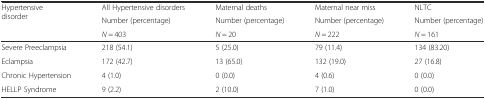
<table><thead><tr><td rowspan="3"><b>Hypertensive disorder</b></td><td><b>All Hypertensive disorders</b></td><td><b>Maternal deaths</b></td><td><b>Maternal near miss</b></td><td><b>NLTC</b></td></tr><tr><td><b>Number (percentage)</b></td><td><b>Number (percentage)</b></td><td><b>Number (percentage)</b></td><td><b>Number (percentage)</b></td></tr><tr><td><b><i>N</i> = 403</b></td><td><b><i>N</i> = 20</b></td><td><b><i>N</i> = 222</b></td><td><b><i>N</i> = 161</b></td></tr></thead><tbody><tr><td>Severe Preeclampsia</td><td>218 (54.1)</td><td>5 (25.0)</td><td>79 (11.4)</td><td>134 (83.20)</td></tr><tr><td>Eclampsia</td><td>172 (42.7)</td><td>13 (65.0)</td><td>132 (19.0)</td><td>27 (16.8)</td></tr><tr><td>Chronic Hypertension</td><td>4 (1.0)</td><td>0 (0.0)</td><td>4 (0.6)</td><td>0 (0.0)</td></tr><tr><td>HELLP Syndrome</td><td>9 (2.2)</td><td>2 (10.0)</td><td>7 (1.0)</td><td>0 (0.0)</td></tr></tbody></table>